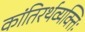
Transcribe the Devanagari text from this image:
कांतिरर्थव्यक्तिः